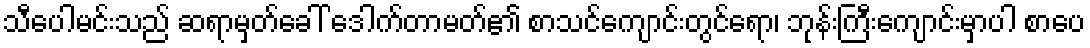
သီပေါမင်းသည် ဆရာမှတ်ခေါ် ဒေါက်တာမတ်၏ စာသင်ကျောင်းတွင်ရော၊ ဘုန်းကြီးကျောင်းမှာပါ စာပေ